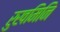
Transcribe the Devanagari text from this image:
रुखमिनि